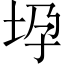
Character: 𫭧